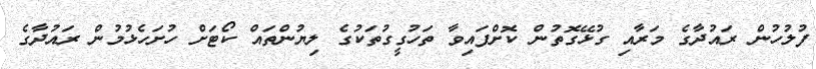
ފުލުހުން ރައުދާގެ މަރާއި ގުޅޭގޮތުން ކޮށްފައިވާ ތަހުގީގުތަކުގެ ލިޔުންތައް ކޯޓަށް ހުށަހެޅުމުން ރައުދާގެ